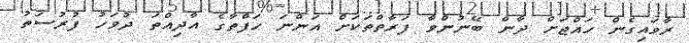
ރާވައިގެން ހައްޖަށް ދާން ބޭނުންވާ ފަރާތްތަކަށް އަންނަ ހަފްތާގެ އާދިއްތަ ދުވަހު ފުރުސަތު